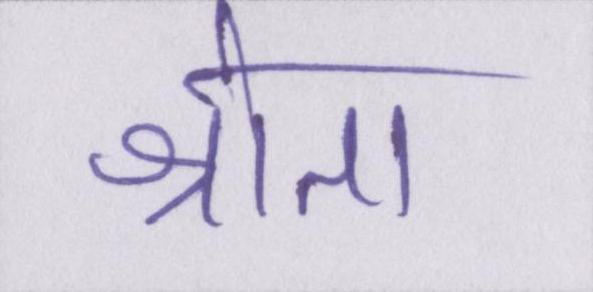
श्रोता